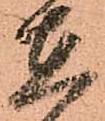
在